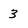
Character: 3